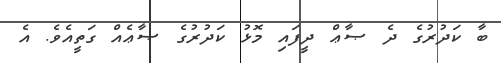
ބާ ކަދުރުގެ ދެ ޞާޢް ދީފައި މޮޅު ކަދުރުގެ ޞާޢެއް ގަތީއެވެ. އެ